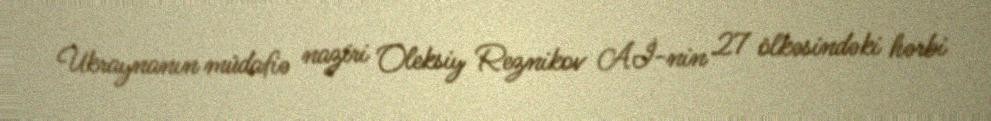
Ukraynanın müdafiə naziri Oleksiy Reznikov Aİ-nin 27 ölkəsindəki hərbi